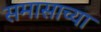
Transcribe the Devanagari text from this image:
समासाच्या